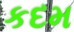
કદમ